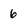
Character: 6